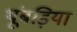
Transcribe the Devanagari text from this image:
थूंबड़िया